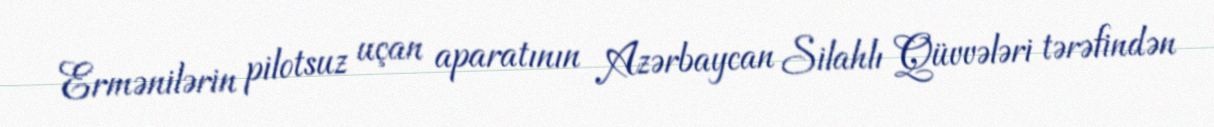
Ermənilərin pilotsuz uçan aparatının Azərbaycan Silahlı Qüvvələri tərəfindən